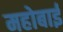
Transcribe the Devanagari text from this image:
महोबाई